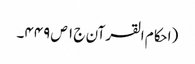
(احکام القرآن ج ١ ص ٤٤٩۔